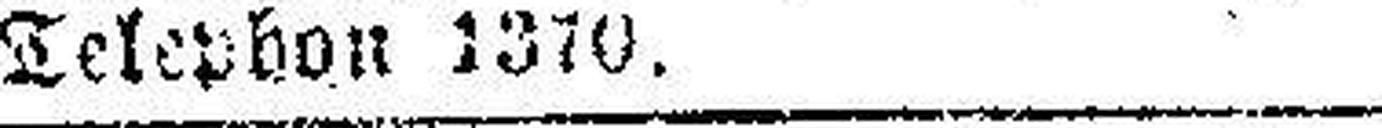
Telephon 1370. 43223—5